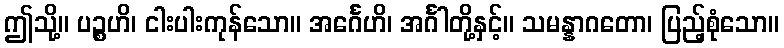
ဤသို့။ ပဉ္စဟိ၊ ငါးပါးကုန်သော။ အင်္ဂေဟိ၊ အင်္ဂါတို့နှင့်။ သမန္နာဂတော၊ ပြည့်စုံသော။